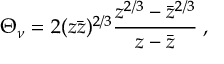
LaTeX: \Theta _ { \nu } = 2 ( z \bar { z } ) ^ { 2 / 3 } \frac { z ^ { 2 / 3 } - \bar { z } ^ { 2 / 3 } } { z - \bar { z } } \; ,